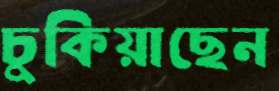
চুকিয়াছেন